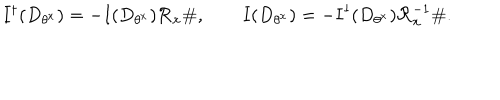
\mathbf { I } ^ { \dagger } ( D _ { \theta ^ { x } } ) = - \mathbf { I } ( D _ { \theta ^ { x } } ) \mathcal { R } _ { x } \# , \qquad \mathbf { I } ( D _ { \theta ^ { x } } ) = - \mathbf { I } ^ { \dagger } ( D _ { \theta ^ { x } } ) \mathcal { R } _ { x } ^ { - 1 } \# .